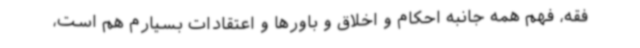
فقه، فهم همه جانبه احکام و اخلاق و باورها و اعتقادات بسیارم هم است،